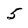
Character: 5